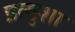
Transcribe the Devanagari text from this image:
प्रत्युशा